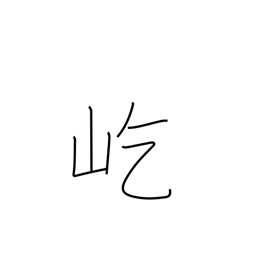
Meaning: towering mountains